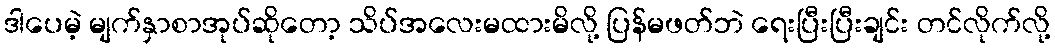
ဒါပေမဲ့ မျက်နှာစာအုပ်ဆိုတော့ သိပ်အလေးမထားမိလို့ ပြန်မဖတ်ဘဲ ရေးပြီးပြီးချင်း တင်လိုက်လို့